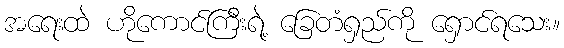
အရေးထဲ ဟိုကောင်ကြီးရဲ့ ခြေတံရှည်ကို ရှောင်ရသေး။